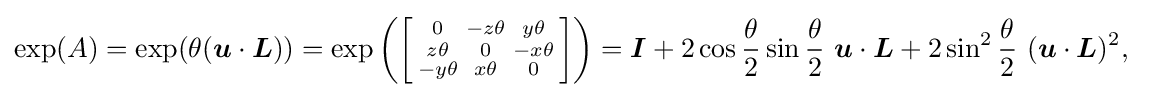
{\begin{aligned}\exp(A)&{}=\exp(\theta ({\boldsymbol {u}}\cdot {\boldsymbol {L}}))=\exp \left(\left[{\begin{smallmatrix}0&-z\theta &y\theta \\z\theta &0&-x\theta \\-y\theta &x\theta &0\end{smallmatrix}}\right]\right)={\boldsymbol {I}}+2\cos {\frac {\theta }{2}}\sin {\frac {\theta }{2}}~{\boldsymbol {u}}\cdot {\boldsymbol {L}}+2\sin ^{2}{\frac {\theta }{2}}~({\boldsymbol {u}}\cdot {\boldsymbol {L}})^{2},\end{aligned}}